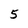
Character: 5